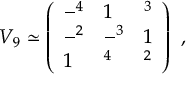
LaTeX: V _ { 9 } \simeq \left( \begin{array} { l l l } { { - \l ^ { 4 } } } & { { 1 } } & { { \l ^ { 3 } } } \\ { { - \l ^ { 2 } } } & { { - \l ^ { 3 } } } & { { 1 } } \\ { { 1 } } & { { \l ^ { 4 } } } & { { \l ^ { 2 } } } \end{array} \right) \ ,